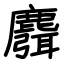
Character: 麛